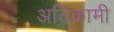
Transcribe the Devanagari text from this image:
अतिक्रामी